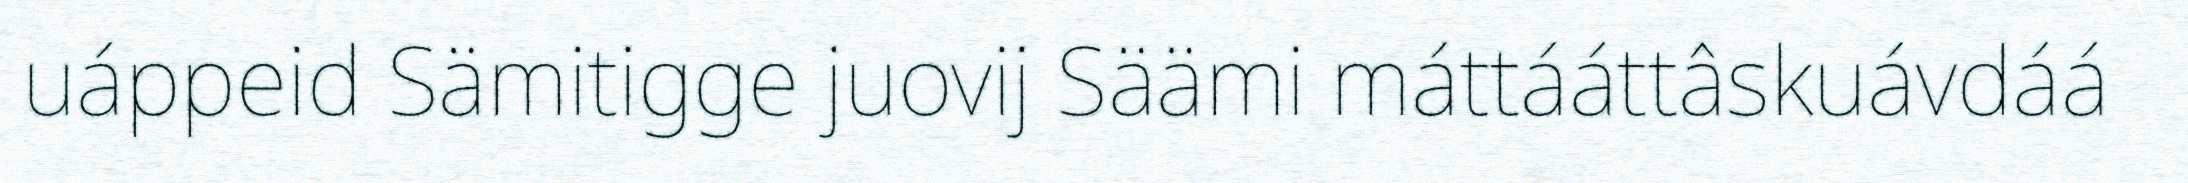
uáppeid Sämitigge juovij Säämi máttááttâskuávdáá